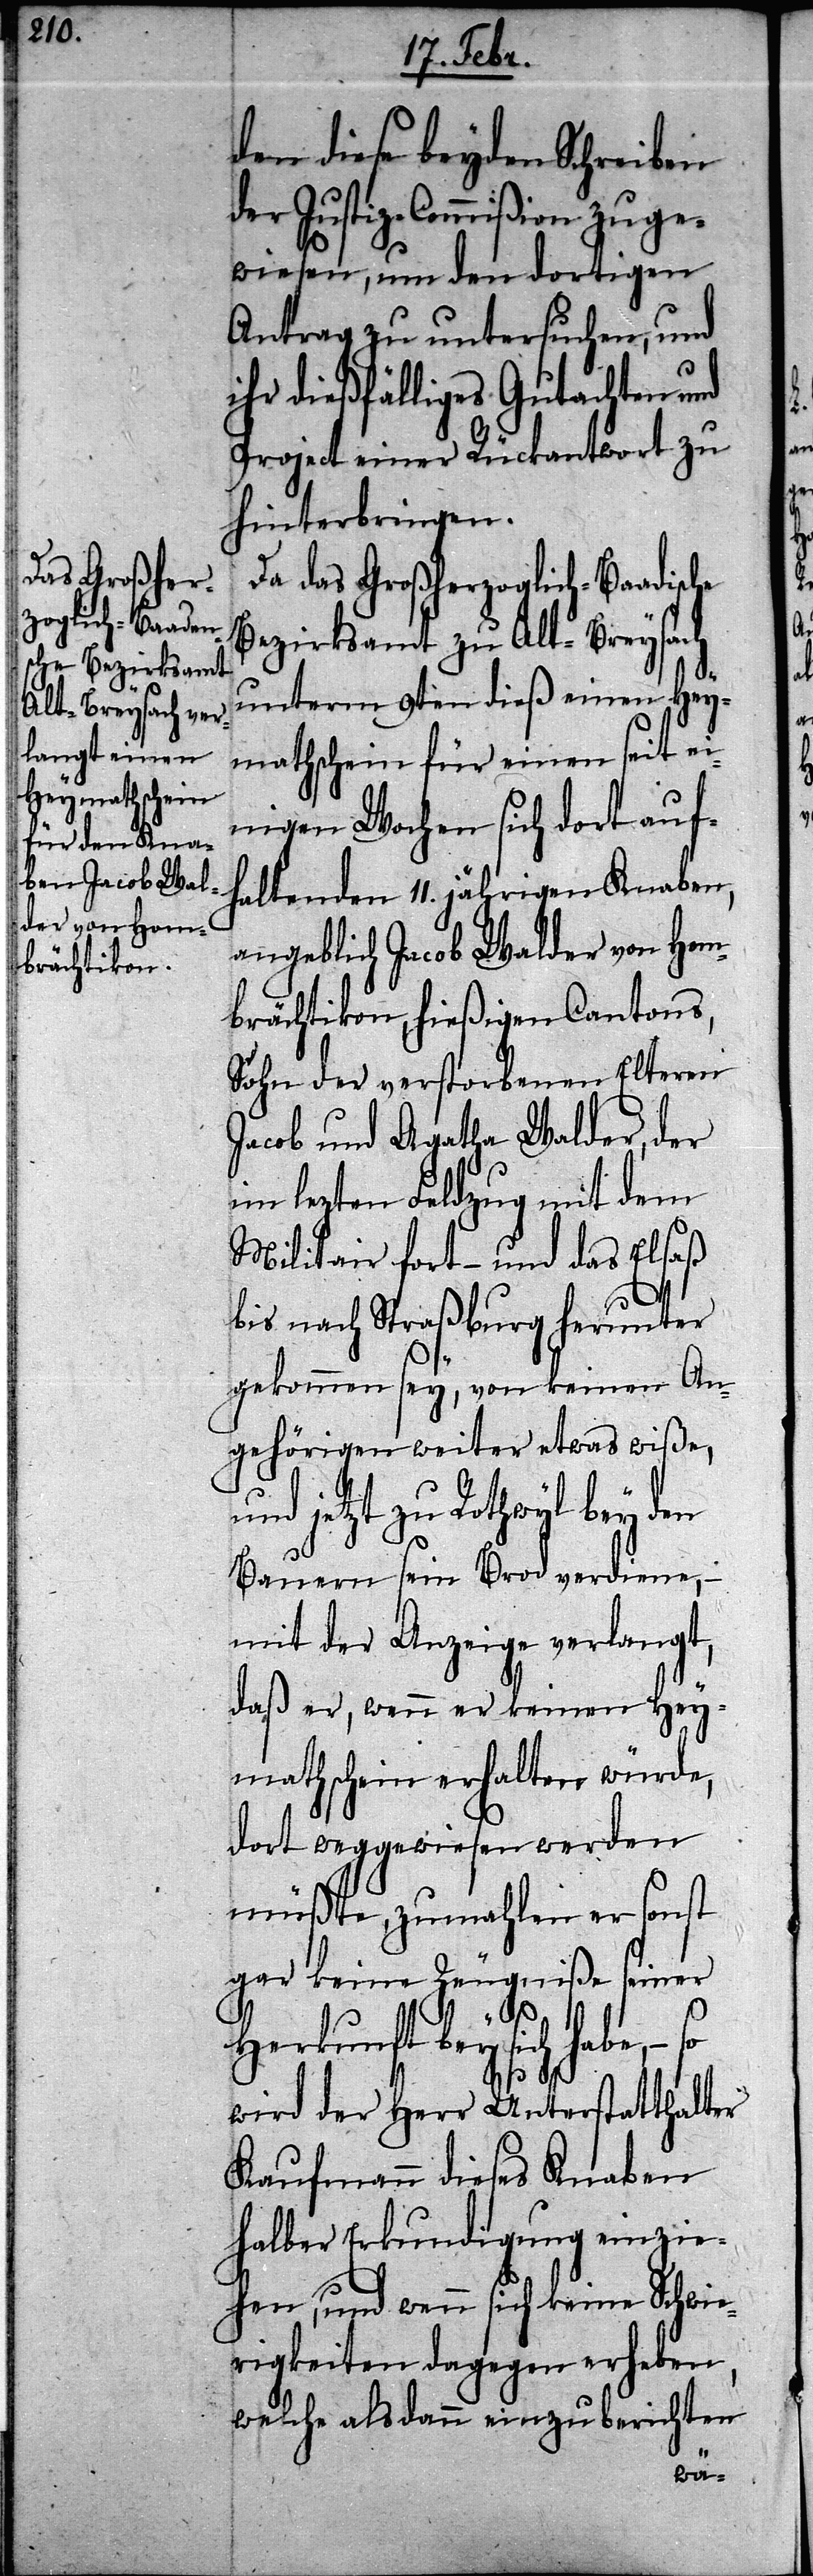
das Großher¬
zoglich-Baadis¬

den diese beyden Schreiben
der Justiz-Commißion zuge¬
wiesen, um den dortigen
Antrag zu untersuchen, und
ihr dießfälliges Gutachten und
Project einer Rückantwort zu
hinterbringen.
Bezirksamt zu Alt-Breysach
unterm 9ten dieß einen Hey¬
mathschein für einen seit ei¬
nigen Wochen sich dort auf¬
haltenden 11. jährigen Knaben,
angeblich Jacob Walder von Hom¬
brächtikon, hießigen Cantons,
Sohn der verstorbenen Elteren
Jacob und Agatha Walder, der
im lezten Feldzug mit dem
Militair fort – und das Elsaß
bis nach Straßburg herunter
gekommen sey, von keinen An¬
gehörigen weiter etwas wiße,
und jetzt zu Rothwyl bey den
Bauern sein Brod verdiene, –
mit der Anzeige verlangt,
daß er, wenn er keinen Hey¬
mathschein erhalten würde,
dort weggewiesen werden
müßte, zumahlen er sonst
gar keine Zeugniße seiner
Herkunft bey sich habe, – so
wird der Herr Unterstatthalter
Kaufmann dieses Knaben
halber Erkundigung einzie¬
hen, und wenn sich keine Schwie¬
rigkeiten dagegen erheben,
welche als dann einzuberichten
che